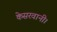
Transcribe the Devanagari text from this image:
केसरवानी।